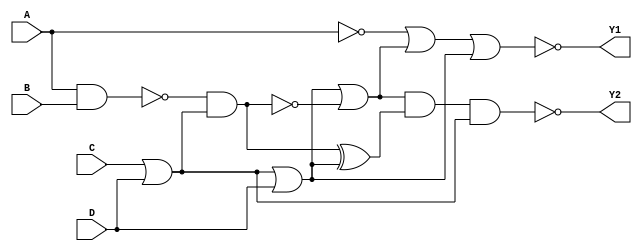
module FaultFree(A,B,C,D,Y1,Y2);
  input    A,B,C,D;
  output   Y1,Y2;
  wire     w1,w2,w4,w5,w6,w7,w8,w9;    
  nand(w1,A,B);
  or(w2,C,D);
  nand(w6,w1,w2);
  or(w5,w2,D);
  not(w4,w6);
  not(w7,A);
  xor(w9,w4,w5);
  or(w8,w5,w6);
  nor(Y1,w7,w8,w5);
  nand(Y2,w8,w9,w2);
endmodule // FaultFree

module Fault_1(A,B,C,D, fu11, fu21);
  input    A,B,C,D;
  output   fu11,fu21;
  wire     w1,w2,w3,w4,w5,w6,w7,w8,w9;    
  nand(w1,A,B);
  or(w2,C,D);
  or(w3,w4,1);
  nand(w6,w1,w2);
  or(w5,w2,D);
  not(w4,w6);
  not(w7,A);
  xor(w9,w3,w5);
  or(w8,w5,w6);
  nor(fu11,w7,w8,w5);
  nand(fu21,w8,w9,w2);
endmodule // Fault_1 stuck at 1
                      
module Fault_2(A,B,C,D, fu12,fu22);
  input    A,B,C,D;
  output   fu12,fu22;
  wire     w1,w2,w3,w4,w5,w6,w7,w8,w9;    
  nand(w1,A,B);
  or(w2,C,D);
  and(w3,w1,0);
  nand(w6,w3,w2);
  or(w5,w3,D);
  not(w4,w6);
  not(w7,A);
  xor(w9,w4,w5);
  or(w8,w5,w6);
  nor(fu12,w7,w8,w5);
  nand(fu22,w8,w9,w2);
endmodule // Fault_2 stuck at 0   

module Fault_3(A,B,C,D,fu13,fu23);
  input    A,B,C,D;
  output   fu13,fu23;
  wire     w1,w2,w3,w4,w5,w6,w7,w8,w9;    
  nand(w1,A,B);
  or(w2,C,D);
  nand(w6,w1,w2);
  or(w5,w3,D);
  and(w3,w5,0);
  not(w4,w6);
  not(w7,A);
  xor(w9,w4,w3);
  or(w8,w3,w6);
  nor(fu13,w7,w8,w5);
  nand(fu23,w8,w9,w2);
endmodule // Fault_3 stuck at 0          

module Fault_4(A,B,C,D,fu14,fu24);
  input    A,B,C,D;
  output   fu14,fu24;
  wire     w1,w2,w4,w5,w6,w7,w8,w9;    
  nand(w1,A,B);
  or(w2,C,D);
  nand(w6,w1,w2);
  or(w5,w2,D);
  not(w4,w6);
  not(w7,A);
  or(w3,w7,1);
  xor(w9,w4,w5);
  or(w8,w5,w6);
  nor(fu14,w3,w8,w5);
  nand(fu24,w8,w9,w2);
endmodule // Fault_4 stuck at 1        

module Fault_5(A,B,C,D,fu15,fu25);
  input    A,B,C,D;
  output   fu15,fu25;
  wire     w1,w2,w3,w4,w5,w6,w7,w8,w9;    
  nand(w1,A,B);
  or(w2,C,D);
  nand(w6,w1,w2);
  or(w5,w2,D);
  not(w4,w6);
  not(w7,A);
  xor(w9,w4,w5);
  or(w8,w5,w6); 
  and(w3,w8,0);
  nor(fu15,w7,w3,w5);
  nand(fu25,w8,w9,w2);
endmodule // Fault_5 stuck at 0   
                                   
module Fault_6(A,B,C,D,fu16,fu26);
  input    A,B,C,D;
  output   fu16,fu26;
  wire     w1,w2,w3,w4,w5,w6,w7,w8,w9;    
  nand(w1,A,B);
  or(w2,C,D);
  nand(w6,w1,w2);
  or(w5,w2,D);
  not(w4,w6);
  not(w7,A);
  xor(w9,w4,w5);
  or(w8,w5,w6);
  nor(fu16,w7,w8,w5);
  or(w3,w2,1);
  nand(fu26,w8,w9,w3);
endmodule // Fault_6 stuck at 1


module faulttb;
	reg A,B,C,D;
	wire Y1,Y2,fu11,fu21,fu12,fu22,fu13,fu23,fu14,fu24,fu15,fu25,fu16,fu26;  
	integer i,Max_TV;
	reg [3:0]count;
	reg [79:0]f1,f2,f3,f4,f5,f6;
  
	FaultFree ff(A,B,C,D,Y1,Y2);
	Fault_1 f11(A,B,C,D,fu11,fu21);
	Fault_2 f22(A,B,C,D,fu12,fu22);
	Fault_3 f33(A,B,C,D,fu13,fu23);                                             
	Fault_4 f44(A,B,C,D,fu14,fu24);
	Fault_5 f55(A,B,C,D,fu15,fu25);
	Fault_6 f66(A,B,C,D,fu16,fu26);

	initial 
	begin
	Max_TV=0;
    for(i=0;i<=15;i=i+1)
    begin
 		#5 {A,B,C,D}=i;
 		#5 count =3'b0; 
 		if(Y1^fu11 || Y2^fu21)
 		f1="Detected";
 		else
 		f1="Undetected";
 		if(Y1^fu12 || Y2^fu22)
 		f2="Detected";
 		else
 		f2="Undetected";
 		if(Y1^fu13 || Y2^fu23)
 		f3="Detected";
 		else
 		f3="Undetected";
 		if(Y1^fu14 || Y2^fu24)
 		f4="Detected";
 		else
 		f4="Undetected";
 		if(Y1^fu15 || Y2^fu25)
 		f5="Detected";
 		else
 		f5="Undetected";
 		if(Y1^fu16 || Y2^fu26)
 		f6="Detected";
 		else
 		f6="Undetected";          
 		count= (Y1^fu11 || Y2^fu21)+(Y1^fu12 || Y2^fu22)+(Y1^fu13 || Y2^fu23)+(Y1^fu14 || Y2^fu24)+(Y1^fu15 || Y2^fu25)+(Y1^fu16 || Y2^fu26);
 		if(count>=Max_TV)
 		begin
 			Max_TV=i;
 		end
 		$display("__________________________________________________________________________________________________________________________________________________________________________________");
 		//$display("xxxxxxxxxxxxxxxxxxxxxxxxxxxxxxxxxxxxxxxxxxxxxxxxxxxxxxxxxxxxxxxxxxxxxxxxxxxxxxxxxxxxxxxxxxxxxxxxxxxxxxxxxxxxxxxxxxxxxxxxxxxxxxxxxxxxxxxxxxxxxxxxxxxxxxxxxxxxxxxxxxxxxxxxxxxxxxxxx");
 		$display("\n\t\t\t Testvector:%b%b%b%b\t\t\t\t\t\t Outputs=>Y1=%b Y2=%b--FU11=%b FU21=%b--FU12=%b FU22=%b--FU13=%b FU23=%b--FU14=%b FU24=%b--FU15=%b FU25=%b--FU16=%b FU26=%b",A,B,C,D,Y1,Y2,fu11,fu21,fu12,fu22,fu13,fu23,fu14,fu24,fu15,fu25,fu16,fu26);
 		$display("\n\t\t\t\t\tF1 %s\t||\tF2 %s\t||\tF3 %s\t||\tF4 %s\t||\tF5 %s\t||\tF6 %s\t||\t\tTotal Count=%d",f1,f2,f3,f4,f5,f6,count);
 		
 
 		//$display($time,"\tA=%b B=%b C=%b D=%b Y1=%b Y2=%b FU11=%b FU21=%b FU12=%b FU22=%b FU13=%b FU23=%b FU14=%b FU24=%b FU15=%b FU25=%b FU16=%b FU26=%b",A,B,C,D,Y1,Y2,fu11,fu21,fu12,fu22,fu13,fu23,fu14,fu24,fu15,fu25,fu16,fu26);
 		
		   
    end 
    $display("\nMaximum faults are found by Test Vector:%b",Max_TV[3:0]);     
   	$display("xxxxxxxxxxxxxxxxxxxxxxxxxxxxxxxxxxxxxxxxxxxxxxxxxxxxxxxxxxxxxxxxxxxxxxxxxxxxxxxxxxxxxxxxxxxxxxxxxxxxxxxxxxxxxxxxxxxxxxxxxxxxxxxxxxxxxxxxxxxxxxxxxxxxxxxxxxxxxxxxxxxxxxxxxxxxxxxxx");
    //$display("__________________________________________________________________________________________________________________________________________________________________________________");              
    $display("\n\tSorting on the basis of Faults"); 
    $display("\n\tFault 1");
    #5 count=0;
    for(i=0;i<=15;i=i+1)
    begin
       #5{A,B,C,D}=i;
       #5 
       if(Y1^fu11 || Y2^fu21)
       begin
          $display("\n\t\t%b%b%b%b",A,B,C,D);
          count=count+1;   
       end 
    end        
    if(count!=0)
    $display("\n\t Total Count=%d",count);
    else 
    $display("\n\t Undetected");  
    	$display("__________________________________________________________________________________________________________________________________________________________________________________");
	
	    $display("\n\tFault 2");
    #5 count=0;
    for(i=0;i<=15;i=i+1)
    begin
       #5{A,B,C,D}=i;
       #5 
       if(Y1^fu12 || Y2^fu22)
       begin
          $display("\n\t\t%b%b%b%b",A,B,C,D);
          count=count+1;   
       end 
    end        
    if(count!=0)
    $display("\n\t Total Count=%d",count);
    else 
    $display("\n\t Undetected");
    	$display("__________________________________________________________________________________________________________________________________________________________________________________");
		    $display("\n\tFault 3");
    #5 count=0;
    for(i=0;i<=15;i=i+1)
    begin
       #5{A,B,C,D}=i;
       #5 
       if(Y1^fu13 || Y2^fu23)
       begin
          $display("\n\t\t%b%b%b%b",A,B,C,D);
          count=count+1;   
       end 
    end        
    if(count!=0)
    $display("\n\t Total Count=%d",count);
    else 
    $display("\n\t Undetected");   
    
    	$display("__________________________________________________________________________________________________________________________________________________________________________________");
	
		    $display("\n\tFault 4");
    #5 count=0;
    for(i=0;i<=15;i=i+1)
    begin
       #5{A,B,C,D}=i;
       #5 
       if(Y1^fu14 || Y2^fu24)
       begin
          $display("\n\t\t%b%b%b%b",A,B,C,D);
          count=count+1;   
       end 
    end        
    if(count!=0)
    $display("\n\t Total Count=%d",count);
    else 
    $display("\n\t Undetected");
	
		$display("__________________________________________________________________________________________________________________________________________________________________________________");
		    $display("\n\tFault 5");
    #5 count=0;
    for(i=0;i<=15;i=i+1)
    begin
       #5{A,B,C,D}=i;
       #5 
       if(Y1^fu15 || Y2^fu25)
       begin
          $display("\n\t\t%b%b%b%b",A,B,C,D);
          count=count+1;     
       end 
    end        
    if(count!=0)
    $display("\n\t Total Count=%d",count);
    else 
    $display("\n\t Undetected");       
    
    	$display("__________________________________________________________________________________________________________________________________________________________________________________");
	
    	    $display("\n\tFault 6");
    #5 count=0;
    for(i=0;i<=15;i=i+1)
    begin
       #5{A,B,C,D}=i;
       #5 
       if(Y1^fu16 || Y2^fu26)
       begin
          $display("\n\t\t%b%b%b%b",A,B,C,D);
          count=count+1;   
       end 
    end        
    if(count!=0)
    $display("\n\t Total Count=%d",count);
    else 
    $display("\n\t Undetected");
	
	
	
	end
	
	    
		
endmodule